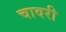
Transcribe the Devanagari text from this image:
चावरी